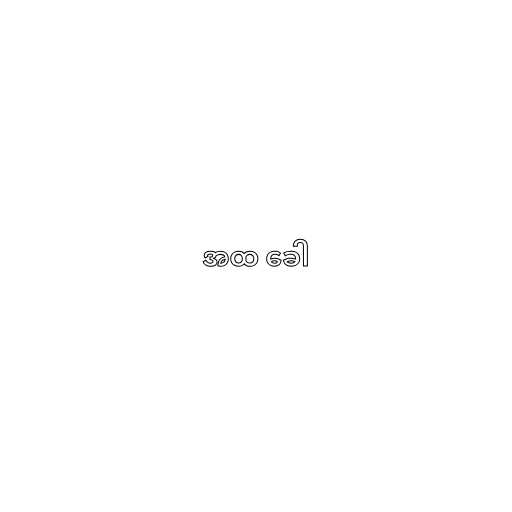
အထ ခေါ